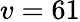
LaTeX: v=61